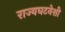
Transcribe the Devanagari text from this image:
राज्यघटनेशी